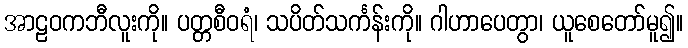
အာဠဝကဘီလူးကို။ ပတ္တစီဝရံ၊ သပိတ်သင်္ကန်းကို။ ဂါဟာပေတွာ၊ ယူစေတော်မူ၍။